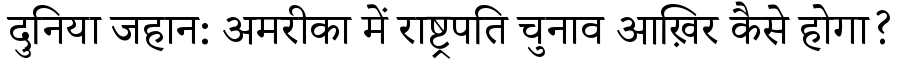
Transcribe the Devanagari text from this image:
दुनिया जहान: अमरीका में राष्ट्रपति चुनाव आख़िर कैसे होगा?